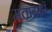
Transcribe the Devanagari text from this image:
मताग्रहों